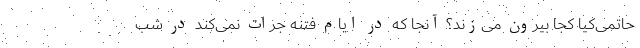
حاتمی‌کیا کجا بیرون می‌زند؟ آنجا که در ایام فتنه جرات نمی‌کند در شب